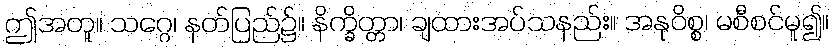
ဤအတူ။ သဂ္ဂေ၊ နတ်ပြည်၌။ နိက္ခိတ္တာ၊ ချထားအပ်သနည်း။ အနုဝိစ္စ၊ မစီစင်မူ၍။